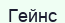
Гейнс